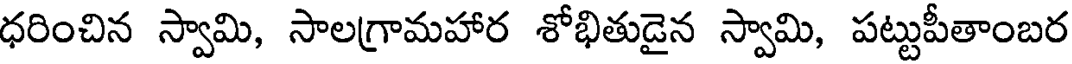
ధరించిన స్వామి, సాలగ్రామహార శోభితుడైన స్వామి, పట్టుపీతాంబర